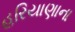
હરિયાણાના